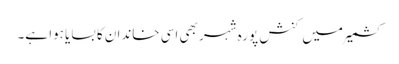
کشمیر میں کنش پورہ شہر بھی اسی خاندان کا بسایا ہوا ہے۔